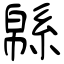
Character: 緜